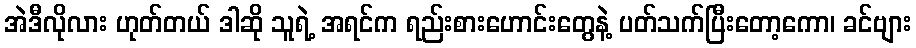
အဲဒီလိုလား ဟုတ်တယ် ဒါဆို သူရဲ့ အရင်က ရည်းစားဟောင်းတွေနဲ့ ပတ်သက်ပြီးတော့ကော၊ ခင်ဗျား